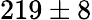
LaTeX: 219\pm 8